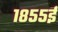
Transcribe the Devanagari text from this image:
१८५५ई